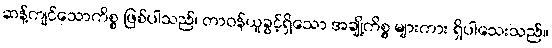
ဆန့်ကျင်သောကိစ္စ ဖြစ်ပါသည်၊ တာဝန်ယူခွင့်ရှိသော အချို့ကိစ္စ များကား ရှိပါသေးသည်။